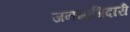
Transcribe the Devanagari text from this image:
जनभागिदारी